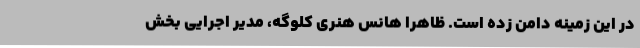
در این زمینه دامن زده است. ظاهرا هانس هنری کلوگه، مدیر اجرایی بخش